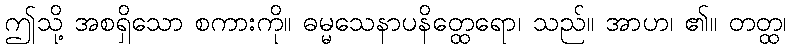
ဤသို့ အစရှိသော စကားကို။ ဓမ္မသေနာပနိတ္ထေရော၊ သည်။ အာဟ၊ ၏။ တတ္ထ၊